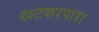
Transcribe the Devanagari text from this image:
खटकरपारा